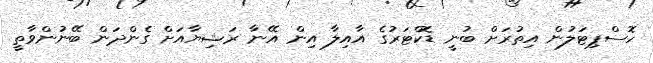
ހޮސްޕިޓަލުން އިތުރަށް ބުނީ ޑޮކްޓަރުގެ އާއިލާ އިން އޭނާ ރަޝިޔާއަށް ގެންދަން ބޭނުންވާތީ